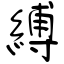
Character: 縛